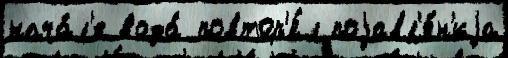
нача́л'е вода́ повтор'я́л поjавл'е́н'иjа